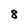
Character: 8